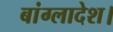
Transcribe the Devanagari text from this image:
बांग्लादेश।